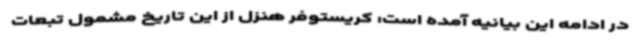
در ادامه این بیانیه آمده است: کریستوفر هنزل از این تاریخ مشمول تبعات